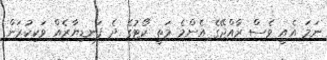
ނަމަ އެއީ ވެސް ރާއްޖޭގެ އެންމެ މަތީ ކޯޓުގެ ދެ ފަނޑިޔާރެއް ވަކިކުރަން